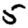
Digit: 5